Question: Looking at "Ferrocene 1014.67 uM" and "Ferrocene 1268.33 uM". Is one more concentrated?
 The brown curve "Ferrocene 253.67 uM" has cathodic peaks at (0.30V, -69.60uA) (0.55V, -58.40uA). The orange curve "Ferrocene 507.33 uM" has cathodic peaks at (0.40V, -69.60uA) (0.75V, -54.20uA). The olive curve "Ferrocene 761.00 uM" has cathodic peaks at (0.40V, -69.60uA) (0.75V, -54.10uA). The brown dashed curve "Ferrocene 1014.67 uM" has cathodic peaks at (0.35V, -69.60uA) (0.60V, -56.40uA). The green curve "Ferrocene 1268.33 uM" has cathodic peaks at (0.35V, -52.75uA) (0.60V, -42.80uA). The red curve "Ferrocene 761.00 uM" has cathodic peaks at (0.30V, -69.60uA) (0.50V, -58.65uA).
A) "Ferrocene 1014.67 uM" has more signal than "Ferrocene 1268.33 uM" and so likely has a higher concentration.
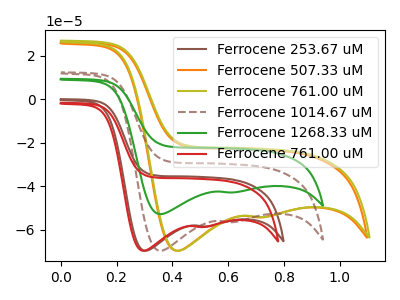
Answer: <think>All the peaks in "Ferrocene 1014.67 uM" have a peak in "Ferrocene 1268.33 uM" at the same potential. Every peak in "Ferrocene 1014.67 uM" is higher than every peak in "Ferrocene 1268.33 uM".
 </think>
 <answer>A) "Ferrocene 1014.67 uM" has more signal than "Ferrocene 1268.33 uM" and so likely has a higher concentration.</answer>
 <eval>A</eval>